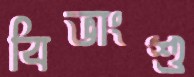
বিভাংশু